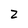
Character: z